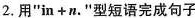
2.用"in +n."型短语完成句子